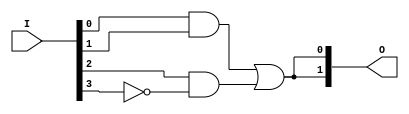
module GAL (
    input wire [N-1:0] I,         // Input signals (I1, I2, ..., In)
    output wire [M-1:0] O         // Output signals (O1, O2, ..., Om)
);

// Parameter definitions
parameter N = 4;                // Number of inputs
parameter M = 2;                // Number of outputs
parameter P = 8;                // Number of product terms

// Internal signals for product terms
wire [P-1:0] product_terms;     // Product terms from AND array
wire [M-1:0] or_terms[M-1:0];   // OR terms for each output

// AND array - programmable connections
generate
    genvar i, j;
    for (i = 0; i < P; i = i + 1) begin : AND_ARRAY
        // Example of programmable AND logic
        assign product_terms[i] = (I[0] & I[1]) | (I[2] & ~I[3]); // Example logic
    end
endgenerate

// OR array - fixed connections
generate
    for (j = 0; j < M; j = j + 1) begin : OR_ARRAY
        // Example of fixed OR logic
        assign O[j] = product_terms[0] | product_terms[1]; // Example logic for output O[j]
    end
endgenerate

endmodule